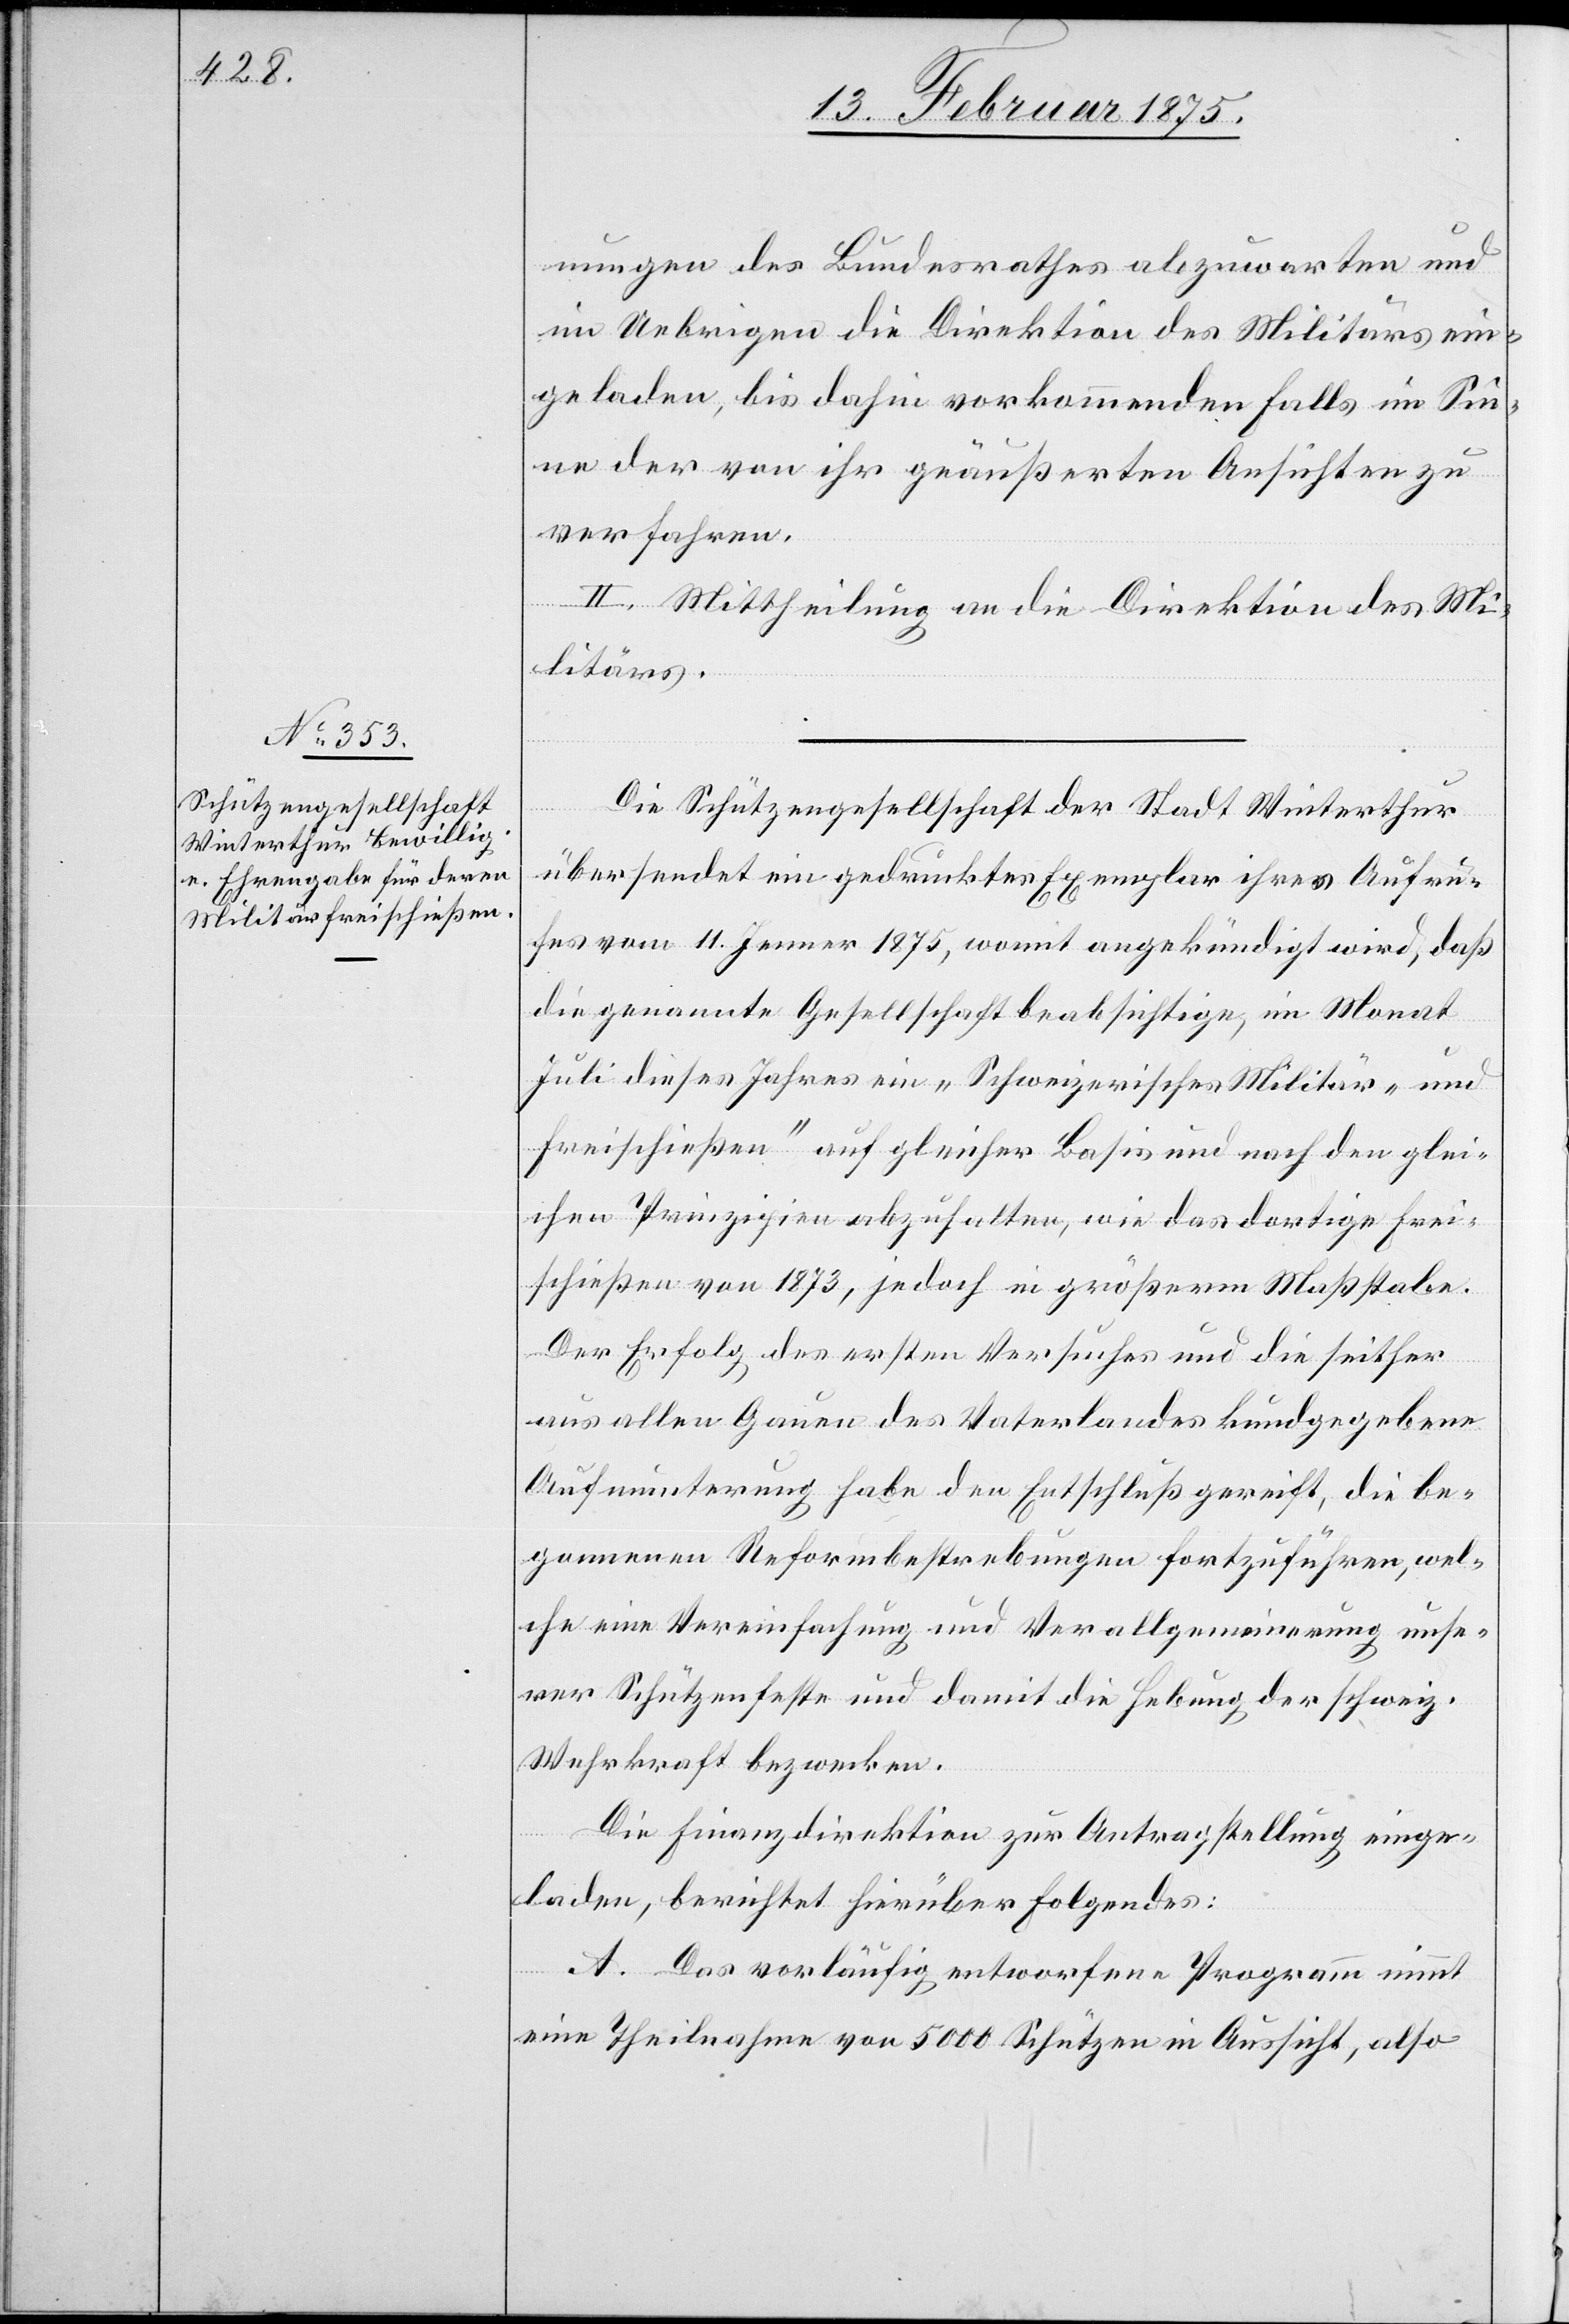
nungen des Bundesrathes abzuwarten und
im Uebrigen die Direktion des Militärs ein¬
geladen, bis dahin vorkommenden Falls im Sin¬
ne der von ihr geäußerten Ansichten zu
verfahren.
II. Mittheilung an die Direktion des Mi¬
litärs.
Die Schützengesellschaft der Stadt Winterthur
übersendet ein gedrucktes Exemplar ihres Aufru¬
fes vom 11. Jenner 1875, womit angekündigt wird, daß
die genannte Gesellschaft beabsichtige, im Monat
Juli dieses Jahre ein „Schweizerisches Militär- und
Freischießen“ auf gleicher Basis und nach den glei¬
chen Prinzipien abzuhalten, wie das dortige Frei¬
schießen von 1873, jedoch in größerm Maßstabe.
Der Erfolg des ersten Versuches und die seither
aus allen Gauen des Vaterlandes kundgegebene
Aufmunterung habe den Entschluß gereicht, die be¬
gonnenen Reformbestrebungen fortzuführen, wel¬
che eine Vereinfachung und Verallgemeinerung unse¬
rer Schützenfeste und damit die Hebung der schweiz.
Wehrkraft bezwecken.
Die Finanzdirektion zur Antragstellung einge¬
laden, berichtet hierüber Folgendes:
A. Das vorläufig entworfene Programm nimmt
eine Theilnahme von 5000 Schützen in Aussicht, also